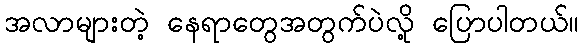
အလာများတဲ့ နေရာတွေအတွက်ပဲလို့ ပြောပါတယ်။